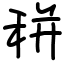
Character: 𥞩